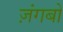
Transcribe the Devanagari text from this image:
ज़ंगबो